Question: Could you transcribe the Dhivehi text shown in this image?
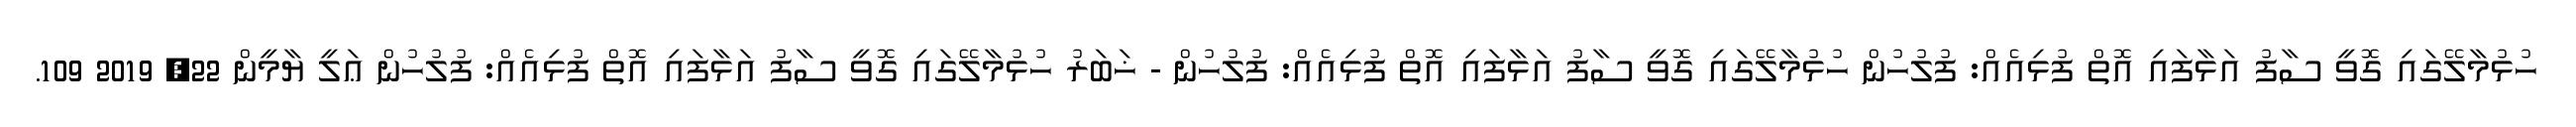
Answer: ހުޅުމާލޭގައި ގޮވީ ސާފު އަޅާފައި އޮތް ފުޅިއެއް: ފުލުހުން ހުޅުމާލޭގައި ގޮވީ ސާފު އަޅާފައި އޮތް ފުޅިއެއް: ފުލުހުން - ޚަބަރު ހުޅުމާލޭގައި ގޮވީ ސާފު އަޅާފައި އޮތް ފުޅިއެއް: ފުލުހުން ޢަލީ ޔާމީން 22, 2019 109.